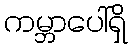
ကမ္ဘာပေါ်ရှိ